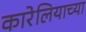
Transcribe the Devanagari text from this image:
कारेलियाच्या